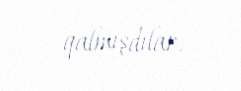
qalmışdılar.